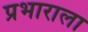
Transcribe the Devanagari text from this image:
प्रभाराला